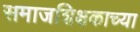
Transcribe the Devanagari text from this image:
समाजशिक्षकाच्या